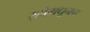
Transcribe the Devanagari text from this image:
र्‍होमधूनच